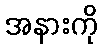
အနားကို